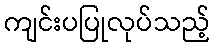
ကျင်းပပြုလုပ်သည့်